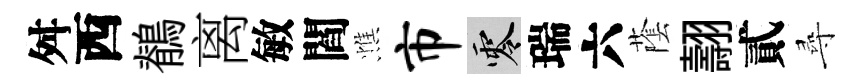
舛西鶺离敏閻憔市零瑞六䕃翿貳尋